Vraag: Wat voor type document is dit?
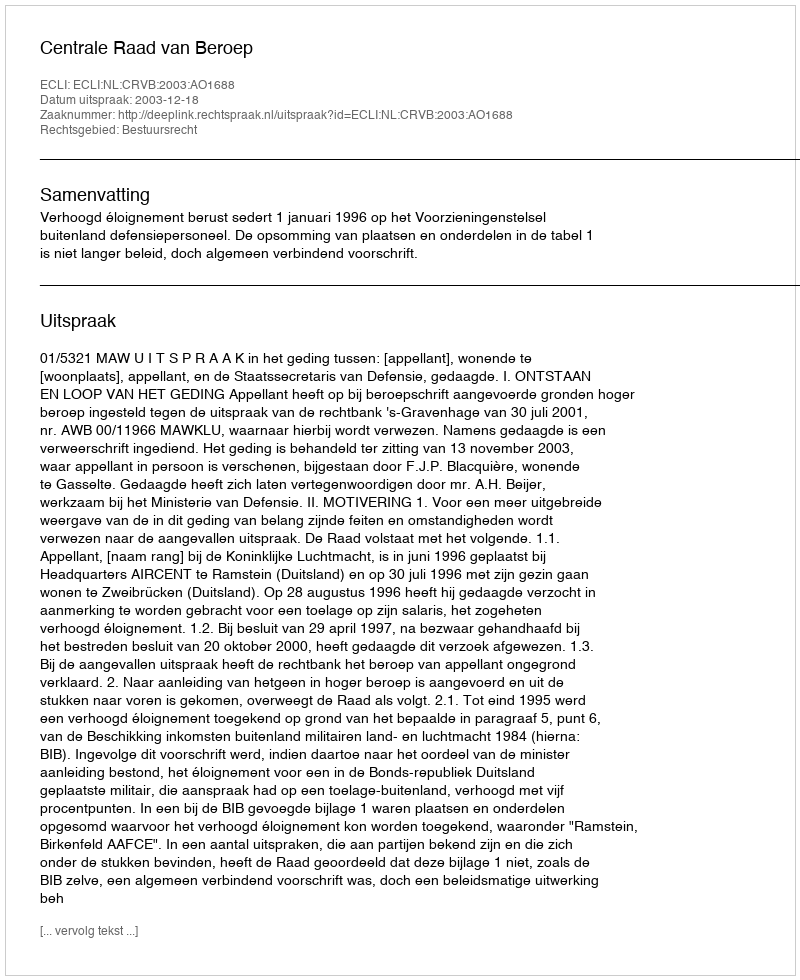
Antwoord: Uitspraak